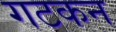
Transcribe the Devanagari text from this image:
गटकन